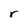
Character: r